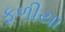
ફળીયા